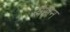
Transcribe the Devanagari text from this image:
रोसेन